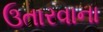
ઉતારવાના